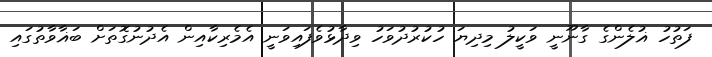
ފަތުހު ޣުލެންގެ ގާނޫނީ ވަކީލު މިދިޔަ ހުކުރުދުވަހު ވިދާޅުވެފައިވަނީ އެމެރިކާއިން އެދުނުގޮތަށް ބަޣާވާތުގައި